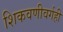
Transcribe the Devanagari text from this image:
शिकवणीवर्गही